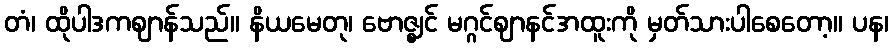
တံ၊ ထိုပါဒကဈာန်သည်။ နိယမေတု၊ ဗောဇ္ဈင် မဂ္ဂင်ဈာနင်အထူးကို မှတ်သားပါစေတော့။ ပန၊